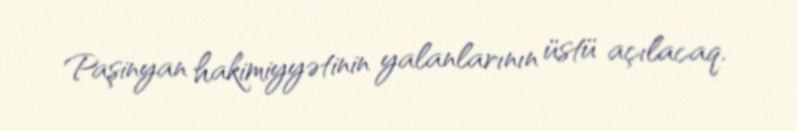
Paşinyan hakimiyyətinin yalanlarının üstü açılacaq.